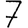
Digit: 7